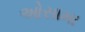
ઓસામા